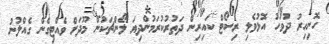
ހޮނިހިރު ދުވަހު އޮޅުވެލި ރިސޯޓް ކައިރިން ދަތުރުކުރަމުންދިޔަ ލޯންޗަކުން މޫދަށް ވެއްޓިގެން ގެއްލުނު